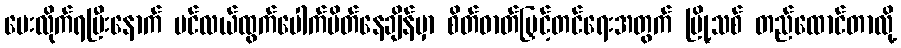
ပေးလိုက်ရပြီးနောက် ပင်လယ်ထွက်ပေါက်ပိတ်နေချိန်မှာ စိတ်ဓာတ်မြှင့်တင်ရေးအတွက် မြို့သစ် တည်ထောင်တာလို့